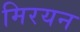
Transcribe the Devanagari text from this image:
मिरयन